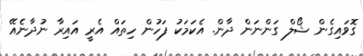
ގޮވައިގެން ޝޯލް ގަންނަން ދާން. އެކަމަކު ފަހުން ހިތައް އެރީ އައިރާ ނުދާނެއޭ